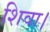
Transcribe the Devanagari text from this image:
शिवा।